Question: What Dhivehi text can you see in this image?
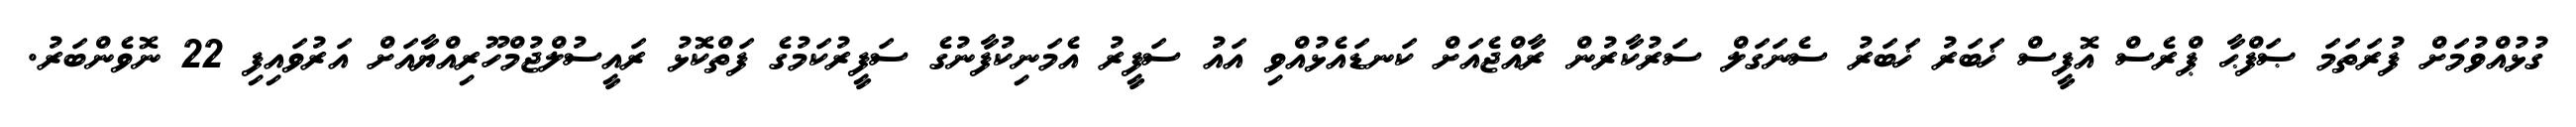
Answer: ގުޅުއްވުމަށް ފުރަތަމަ ޞަފްޙާ ޕްރެސް އޮފީސް ޚަބަރު ޚަބަރު ސެނަގަލް ސަރުކާރުން ރާއްޖެއަށް ކަނޑައެޅުއްވި އައު ސަފީރު އެމަނިކުފާނުގެ ސަފީރުކަމުގެ ފަތްކޮޅު ރައީސުލްޖުމްހޫރިއްޔާއަށް އަރުވައިފި 22 ނޮވެންބަރު.